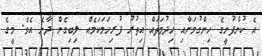
އެ ކުންފުނީގެ ހިންގުމަށާއި ހިދުމަތައް އިތުރު ފުރިހަމަކަމެއް ލިބިގެން ދާނެ އެވެ. މީގެ